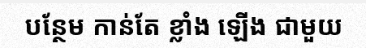
បន្ថែម កាន់តែ ខ្លាំង ឡើង ជាមួយ